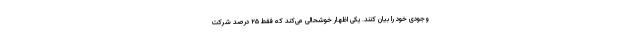
وجودی خود را بیان کنند. یکی اظهار خوشحالی می‌کند که فقط ۲۵ درصد شرکت